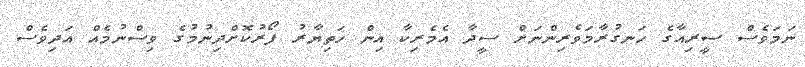
ނަމަވެސް ސީރިއާގެ ހަނގުރާމަވެރިންނަށް ސީދާ އެމެރިކާ އިން ހަތިޔާރު ފޯރުކޮށްދިނުމުގެ ވިސްނުމެއް އަދިވެސް